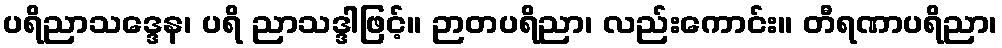
ပရိညာသဒ္ဒေန၊ ပရိ ညာသဒ္ဒါဖြင့်။ ဉာတပရိညာ၊ လည်းကောင်း။ တီရဏာပရိညာ၊